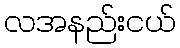
လအနည်းငယ်